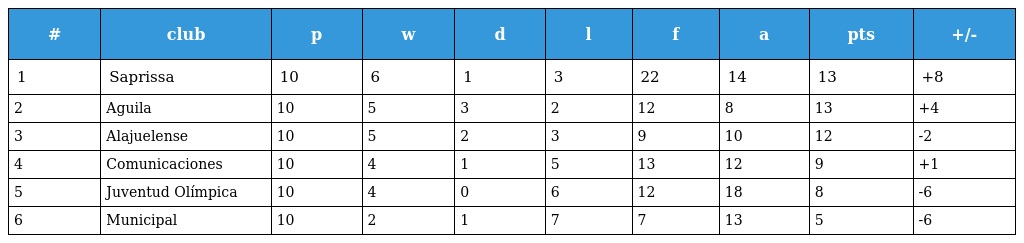
| # | club | p | w | d | l | f | a | pts | +/- |
 | --- | --- | --- | --- | --- | --- | --- | --- | --- | --- |
 | 1 | Saprissa | 10 | 6 | 1 | 3 | 22 | 14 | 13 | +8 |
 | 2 | Aguila | 10 | 5 | 3 | 2 | 12 | 8 | 13 | +4 |
 | 3 | Alajuelense | 10 | 5 | 2 | 3 | 9 | 10 | 12 | -2 |
 | 4 | Comunicaciones | 10 | 4 | 1 | 5 | 13 | 12 | 9 | +1 |
 | 5 | Juventud Olímpica | 10 | 4 | 0 | 6 | 12 | 18 | 8 | -6 |
 | 6 | Municipal | 10 | 2 | 1 | 7 | 7 | 13 | 5 | -6 |